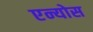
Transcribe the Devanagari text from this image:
एन्योस